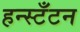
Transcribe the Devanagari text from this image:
हन्स्टँटन